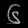
Digit: ၆